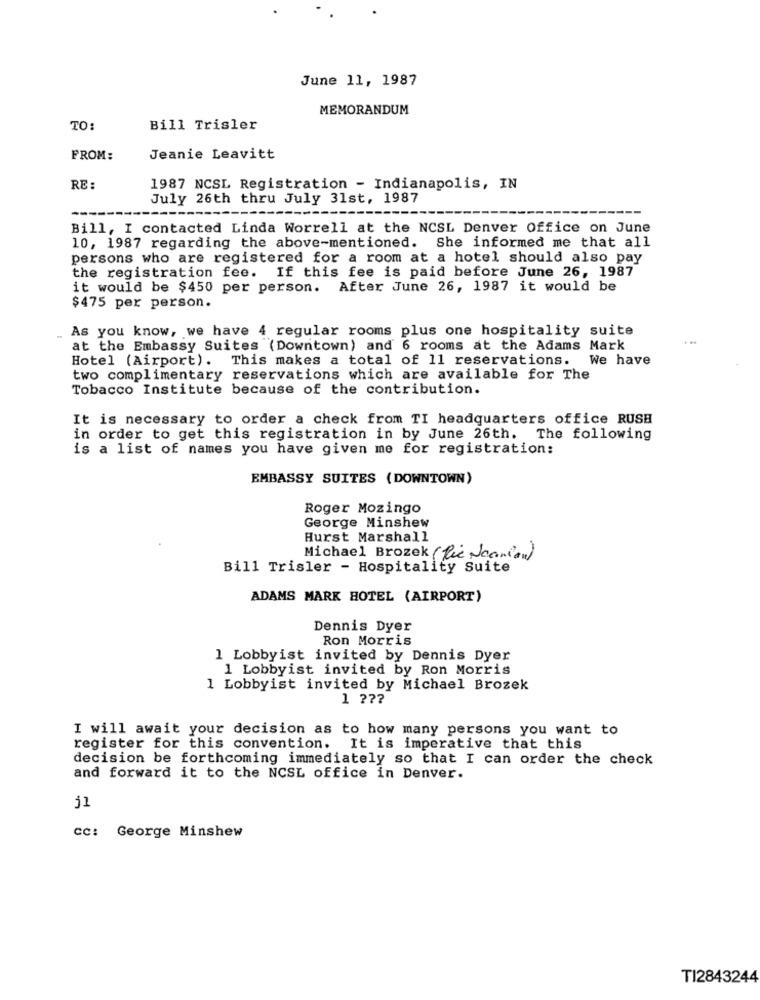
June 11, 1987
MEMORANDUM
TO:
Bill Trisler
FROM:
Jeanie Leavitt
RE :
1987 NCSL Registration - Indianapolis, IN
July 26th thru July 31st, 1987
Bill, I contacted Linda Worrell at the NCSL Denver Office on June
10, 1987 regarding the above-mentioned. She informed me that all
persons who are registered for a room at a hotel should also pay
the registration fee. If this fee is paid before June 26, 1987
it would be $450 per person.
After June 26, 1987 it would be
$475 per person.
As you know, we have 4 regular rooms plus one hospitality suite
at the Embassy Suites (Downtown) and 6 rooms at the Adams Mark
Hotel (Airport). This makes a total of 11 reservations.
We have
two complimentary reservations which are available for The
Tobacco Institute because of the contribution.
It is necessary to order a check from TI headquarters office RUSH
in order to get this registration in by June 26th. The following
is a list of names you have given me for registration:
EMBASSY SUITES (DOWNTOWN)
Roger Mozingo
George Minshew
Hurst Marshall
Michael Brozek ( fie Joanlan)
Bill Trisler - Hospitality Suite
ADAMS MARK HOTEL (AIRPORT)
Dennis Dyer
Ron Morris
1 Lobbyist invited by Dennis Dyer
1 Lobbyist invited by Ron Morris
1 Lobbyist invited by Michael Brozek
1 ???
I will await your decision as to how many persons you want to
register for this convention. It is imperative that this
decision be forthcoming immediately so that I can order the check
and forward it to the NCSL office in Denver.
cc: George Minshew
TI2843244